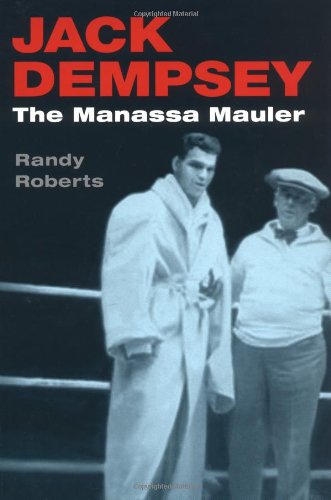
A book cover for Jack Dempsey, the Manassa Mauler; Randy Roberts; Biographies & Memoirs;